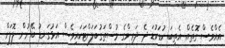
އެއްވެސް ގޮތެެއް. އެތިބަ ކުޑަކުޑަ ދެެ ދަރިންގެ މުސްތަގުބަލަށްޓަކައިވެސް އަޅުގަނޑު ބޭނުން ލޮލަށް